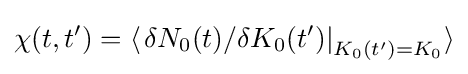
\chi (t,t')=\langle \left.\delta N_{0}(t)/\delta K_{0}(t')\right|_{K_{0}(t')=K_{0}}\rangle